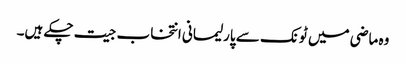
وہ ماضی میں ٹونک سے پارلیمانی انتخاب جیت چکے ہیں۔